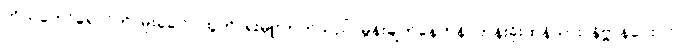
ကိုယ်တော်ရောင်တိ၊ မိုးခေါင်ပထွတ်၊ ရဲးမှူးတက်သည်၊ မွန်းချက်နေဟန်၊ တန်းခိုးထန်သား၊ နိဗ္ဗာန်ပေးပိုင်၊